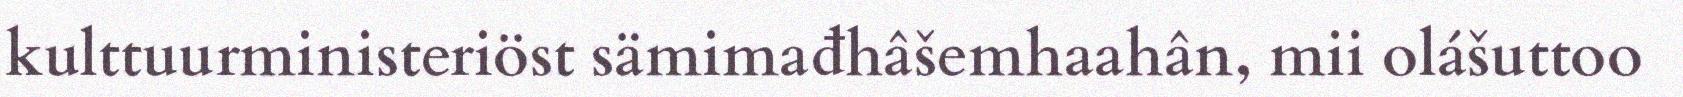
kulttuurministeriöst sämimađhâšemhaahân, mii olášuttoo